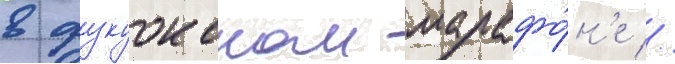
в фукуокском марафо́н'е //